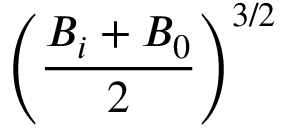
\left( \frac { B _ { i } + B _ { 0 } } { 2 } \right) ^ { 3 / 2 }